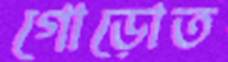
গোড়োত